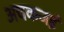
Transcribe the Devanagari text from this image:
अचकजई